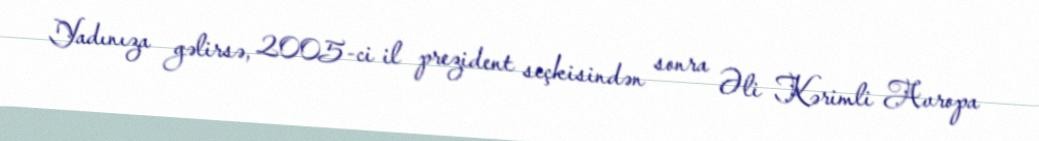
Yadınıza gəlirsə, 2005-ci il prezident seçkisindən sonra Əli Kərimli Avropa